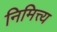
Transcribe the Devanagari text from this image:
निमित्त्य